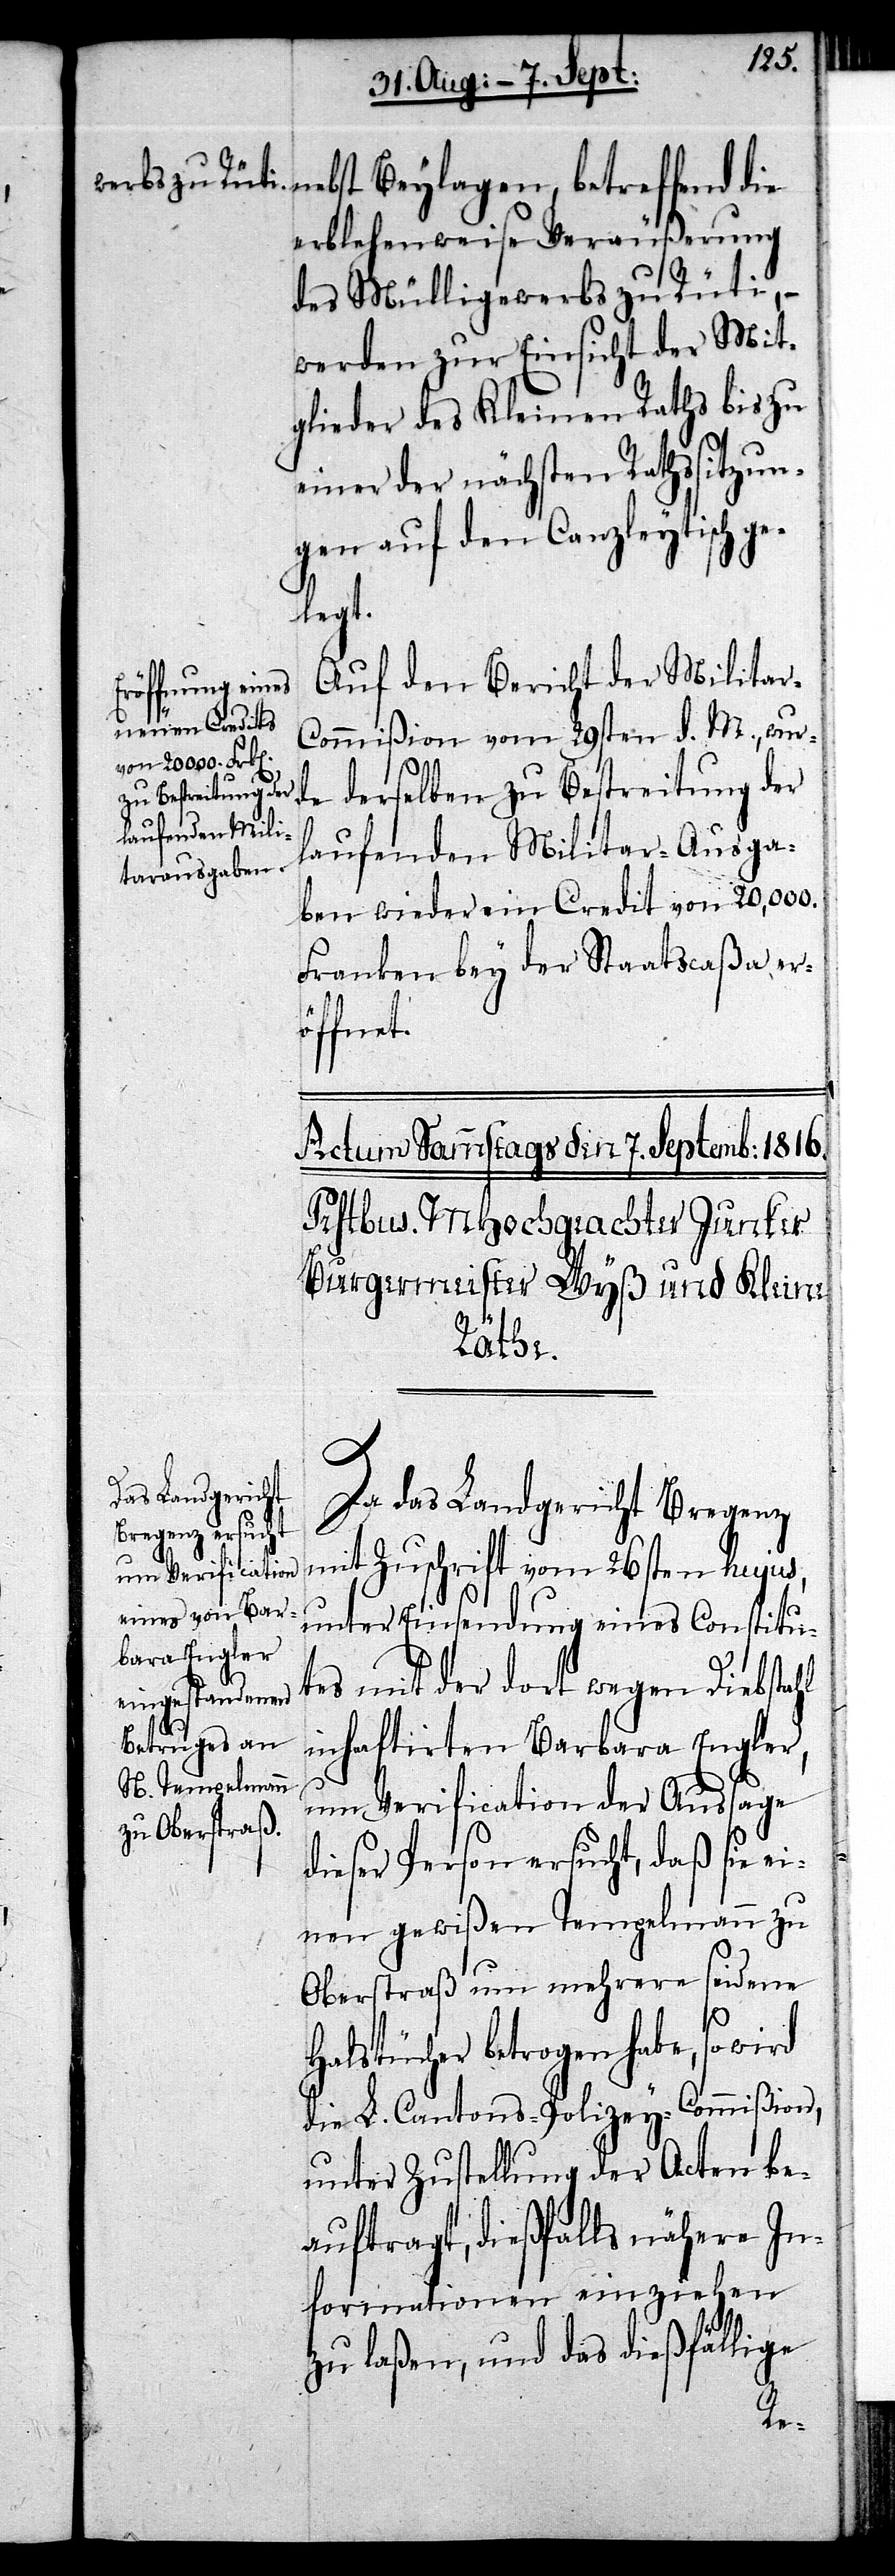
nebst Beylagen, betreffend die
erblehenweise Veräußerung
des Mülligewerbs zu Rüti,
werden zur Einsicht der Mit¬
glieder des Kleinen Raths bis zu
einer der nächsten Rathssitzun¬
gen auf den Canzleytisch g¬
elegt.
Auf den Bericht der Militar-C¬
ommißion vom 29sten d. M., wur¬
de derselben zu Bestreitung der
laufenden Militar-Ausga¬
ben wieder ein Credit von 20,000.
Franken bey der Staatscaßa er¬
öffnet.
Da das Landgericht Bregenz
mit Zuschrift vom 26sten hujus,
unter Einsendung eines Constitu¬
tes mit der dort wegen Diebstahl
inhaftirten Barbara Engler,
um Verification der Aussage
dieser Person ersucht, daß sie ei¬
nen gewißen Tempelmann zu
Oberstraß um mehrere seidene
Halstücher betrogen habe, so wird
die L. Cantons-Polizey-Commißion,
unter Zustellung der Acten be¬
auftragt, dießfalls nähere In¬
formationen einziehen
zu laßen, und das dießfällige